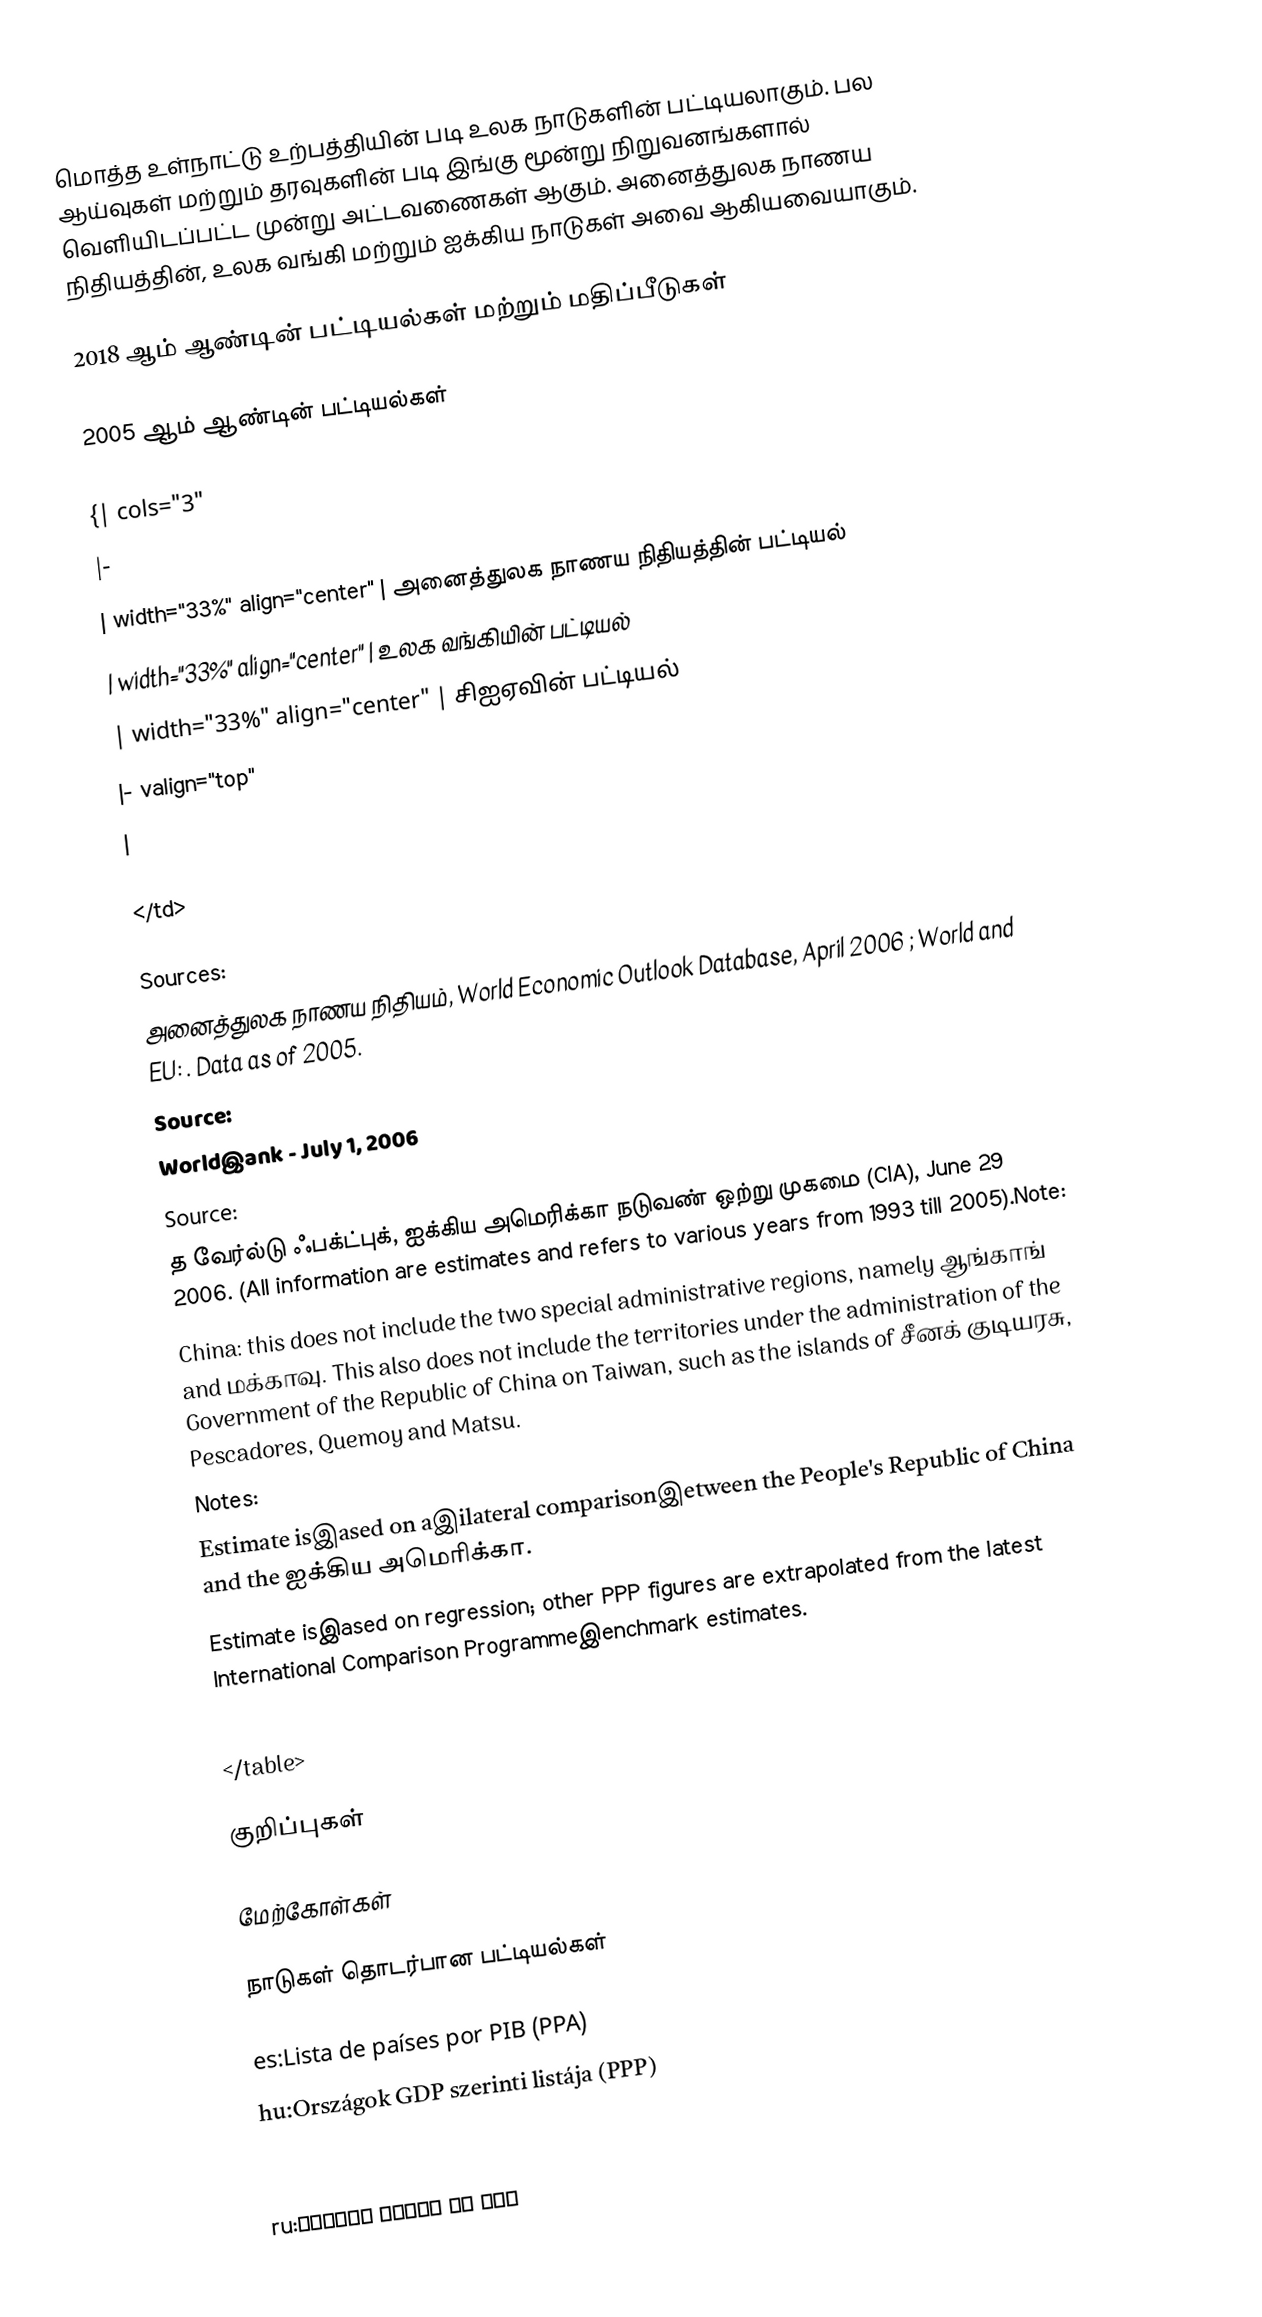
மொத்த உள்நாட்டு உற்பத்தியின் படி உலக நாடுகளின் பட்டியலாகும். பல ஆய்வுகள் மற்றும் தரவுகளின் படி இங்கு மூன்று நிறுவனங்களால் வெளியிடப்பட்ட முன்று அட்டவணைகள் ஆகும். அனைத்துலக நாணய நிதியத்தின், உலக வங்கி மற்றும் ஐக்கிய நாடுகள் அவை ஆகியவையாகும்.

2018 ஆம் ஆண்டின் பட்டியல்கள் மற்றும் மதிப்பீடுகள்

2005 ஆம் ஆண்டின் பட்டியல்கள்

{| cols="3"
|-
| width="33%" align="center" | அனைத்துலக நாணய நிதியத்தின் பட்டியல்
| width="33%" align="center" | உலக வங்கியின் பட்டியல்
| width="33%" align="center" | சிஐஏவின் பட்டியல்
|- valign="top"
|

</td>

Sources:
அனைத்துலக நாணய நிதியம், World Economic Outlook Database, April 2006 ; World and EU: . Data as of 2005.
Source:
Worldஇank - July 1, 2006
Source:
த வேர்ல்டு ஃபக்ட்புக், ஐக்கிய அமெரிக்கா நடுவண் ஒற்று முகமை (CIA), June 29 2006.   (All information are estimates and refers to various years from 1993 till 2005).Note:
 China: this does not include the two special administrative regions, namely ஆங்காங் and மக்காவு. This also does not include the territories under the administration of the Government of the Republic of China on Taiwan, such as the islands of சீனக் குடியரசு, Pescadores, Quemoy and Matsu.
Notes:
 Estimate isஇased on aஇilateral comparisonஇetween the People's Republic of China and the ஐக்கிய அமெரிக்கா.
 Estimate isஇased on regression; other PPP figures are extrapolated from the latest International Comparison Programmeஇenchmark estimates.
 Data refer to Tanzania only.
</table>

குறிப்புகள்

மேற்கோள்கள்

நாடுகள் தொடர்பான பட்டியல்கள்

es:Lista de países por PIB (PPA)
hu:Országok GDP szerinti listája (PPP)
id:Daftar negara menurut PDB (PPP)
ms:Senarai negara mengikut KDNK (PPP)
ru:Список стран по ВВП